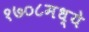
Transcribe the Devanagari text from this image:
१७०८मध्ये